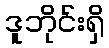
ဒူဘိုင်းရှိ